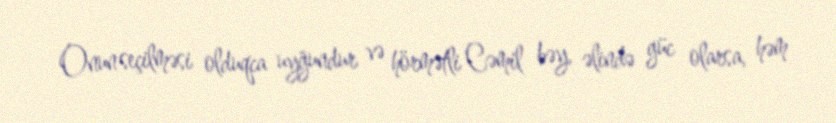
Onun seçilməsi olduqca uyğundur və hörmətli Cəmil bəy, əlində güc olarsa, həm